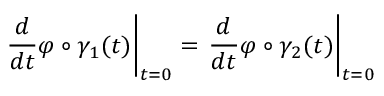
\left. { \frac { d } { d t } } \varphi \circ \gamma _ { 1 } ( t ) \right| _ { t = 0 } = \left. { \frac { d } { d t } } \varphi \circ \gamma _ { 2 } ( t ) \right| _ { t = 0 }